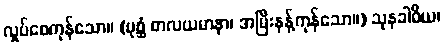
လှုပ်စေကုန်သော။ (ပုစ္ဆံ စာလယမာနာ၊ အမြီးနန့်ကုန်သော။) သုနခါဝိယ၊